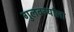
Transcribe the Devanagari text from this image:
गुलबर्ग्याला